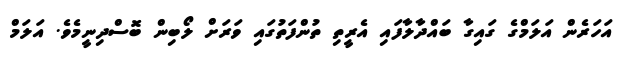
އަހަރެން އަލަމްގެ ގައިގާ ބައްދާލާފައި އެރީތި ތުންފަތުގައި ވަރަށް ލޯބިން ބޮސްދިނީމެވެ. އަލަމް